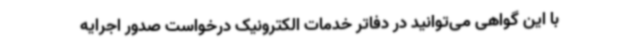
با این گواهی می‌توانید در دفاتر خدمات الکترونیک درخواست صدور اجرایه